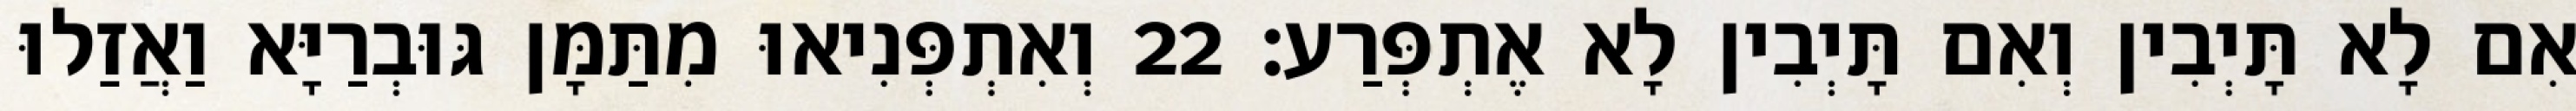
אִם לָא תָּיְבִין וְאִם תָּיְבִין לָא אֶתְפְּרַע׃ 22 וְאִתְפְּנִיאוּ מִתַּמָּן גּוּבְרַיָּא וַאֲזַלוּ